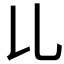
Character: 𠃏